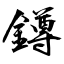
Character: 鐏